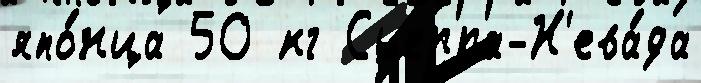
япо́нца 50 кг Сьерра-Н'ева́да